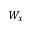
W _ { x }